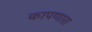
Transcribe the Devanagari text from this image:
कापणारा